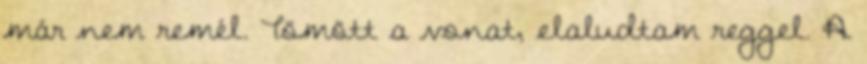
már nem remél. Tömött a vonat, elaludtam reggel. A